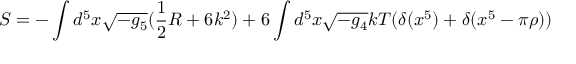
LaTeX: S = - \int d ^ { 5 } x \sqrt { - g _ { 5 } } ( \frac { 1 } { 2 } R + 6 k ^ { 2 } ) + 6 \int d ^ { 5 } x \sqrt { - g _ { 4 } } k T ( \delta ( x ^ { 5 } ) + \delta ( x ^ { 5 } - \pi \rho ) )